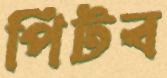
পিটব